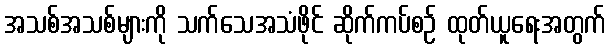
အသစ်အသစ်များကို သက်သေအသံဖိုင် ဆိုက်ကပ်စဉ် ထုတ်ယူရေးအတွက်